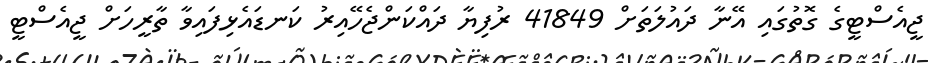
ޖީއެސްޓީގެ ގޮތުގައި އޭނާ ދައުލަތަށް 41849 ރުފިޔާ ދައްކަންޖެހޭއިރު ކަނޑައެޅިފައިވާ ތާރީހަށް ޖީއެސްޓީ